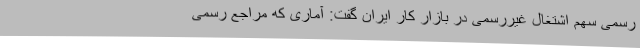
رسمی سهم اشتغال غیررسمی در بازار کار ایران گفت: آماری که مراجع رسمی